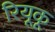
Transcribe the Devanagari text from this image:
रियूकू